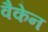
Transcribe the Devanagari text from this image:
वैकेन